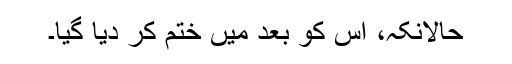
حالانکہ، اس کو بعد میں ختم کر دیا گیا۔